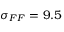
\sigma _ { F F } = 9 . 5